Report of the Indian Hemp Drugs Commission, 1894-1895 - Volume IV
Year: 1894
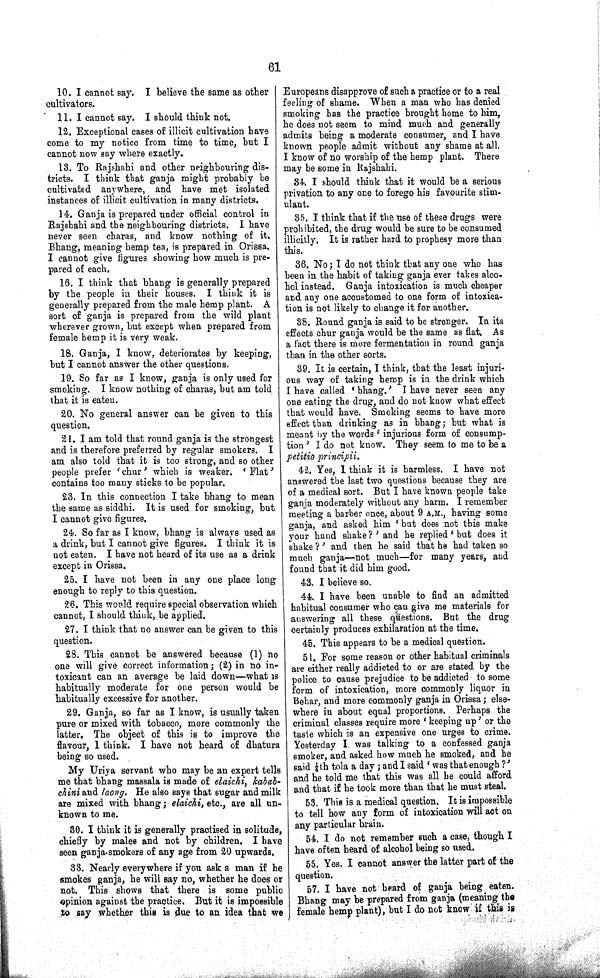
61
10. I cannot say. I believe the same as other
cultivators.
11. I cannot say. I should think not.
12. Exceptional cases of illicit cultivation have
come to my notice from time to time, but I
cannot now say where exactly.
13. To Rajshahi and other neighbouring dis-
tricts. I think that ganja might probably be
cultivated anywhere, and have met isolated
instances of illicit cultivation in many districts.
14. Ganja is prepared under official control in
Rajshahi and the neighbouring districts. I have
never seen charas, and know nothing of it.
Bhang, meaning hemp tea, is prepared in Orissa.
I cannot give figures showing how much is pre-
pared of each.
16. I think that bhang is generally prepared
by the people in their houses. I think it is
generally prepared from the male hemp plant. A
sort of ganja is prepared from the wild plant
wherever grown, but except when prepared from
female hemp it is very weak.
18. Ganja, I know, deteriorates by keeping,
but I cannot answer the other questions.
19. So far as I know, ganja is only used for
smoking. I know nothing of charas, but am told
that it is eaten.
20. No general answer can be given to this
question.
21. I am told that round ganja is the strongest
and is therefore preferred by regular smokers. I
am also told that it is too strong, and so other
people prefer 'chur' which is weaker. 'Flat'
contains too many sticks to be popular.
23. In this connection I take bhang to mean
the same as siddhi. It is used for smoking, but
I cannot give figures.
24. So far as I know, bhang is always used as
a drink, but I cannot give figures. I think it is
not eaten. I have not heard of its use as a drink
except in Orissa.
25. I have not been in any one place long
enough to reply to this question.
26. This would require special observation which
cannot, I should think, be applied.
27. I think that no answer can be given to this
question.
28. This cannot be answered because (1) no
one will give correct information; (2) in no in-
toxicant can an average be laid down—what is
habitually moderate for one person would be
habitually excessive for another.
29. Ganja, so far as I know, is usually taken
pure or mixed with tobacco, more commonly the
latter. The object of this is to improve the
flavour, I think. I have not heard of dhatura
being so used.
My Uriya servant who may be an expert tells
me that bhang massala is made of elaichi, kabab-
chini and laong. He also says that sugar and milk
are mixed with bhang; elaichi, etc., are all un-
known to me.
30. I think it is generally practised in solitude,
chiefly by males and not by children. I have
seen ganja-smokers of any age from 20 upwards.
33. Nearly everywhere if you ask a man if he
smokes ganja, he will say no, whether he does or
not. This shows that there is some public
opinion against the practice. But it is impossible
to say whether this is due to an idea that we
Europeans disapprove of such a practice or to a real
feeling of shame. When a man who has denied
smoking has the practice brought home to him,
he does not seem to mind much and generally
admits being a moderate consumer, and I have
known people admit without any shame at all.
I know of no worship of the hemp plant. There
may be some in Rajshahi.
34. I should think that it would be a serious
privation to any one to forego his favourite stim-
ulant.
35. I think that if the use of these drugs were
prohibited, the drug would be sure to be consumed
illicitly. It is rather hard to prophesy more than
this.
36. No; I do not think that any one who has
been in the habit of taking ganja ever takes alco-
hol instead. Ganja intoxication is much cheaper
and any one accustomed to one form of intoxica-
tion is not likely to change it for another.
38. Round ganja is said to be stronger. In its
effects chur ganja would be the same as flat. As
a fact there is more fermentation in round ganja
than in the other sorts.
39. It is certain, I think, that the least injuri-
ous way of taking hemp is in the drink which
I have called 'bhang.' I have never seen any
one eating the drug, and do not know what effect
that would have. Smoking seems to have more
effect than drinking as in bhang; but what is
meant by the words 'injurious form of consump-
tion' I do not know. They seem to me to be a
petitio principii.
42. Yes, I think it is harmless. I have not
answered the last two questions because they are
of a medical sort. But I have known people take
ganja moderately without any harm. I remember
meeting a barber once, about 9 A.M., having some
ganja, and asked him 'but does not this make
your hand shake?' and he replied 'but does it
shake?' and then he said that he had taken so
much ganja—not much—for many years, and
found that it did him good.
43. I believe so.
44. I have been unable to find an admitted
habitual consumer who can give me materials for
answering all these questions. But the drug
certainly produces exhilaration at the time.
45. This appears to be a medical question.
51. For some reason or other habitual criminals
are either really addicted to or are stated by the
police to cause prejudice to be addicted to some
form of intoxication, more commonly liquor in
Behar, and more commonly ganja in Orissa; else-
where in about equal proportions. Perhaps the
criminal classes require more 'keeping up' or the
taste which is an expensive one urges to crime.
Yesterday I. was talking to a confessed ganja
smoker, and asked how much he smoked, and he
said 1/4th tola a day; and I said 'was that enough?'
and he told me that this was all he could afford
and that if he took more than that he must steal.
53. This is a medical question. It is impossible
to tell how any form of intoxication will act on
any particular brain.
54. I do not remember such a case, though I
have often heard of alcohol being so used.
55. Yes. I cannot answer the latter part of the
question.
57. I have not heard of ganja being eaten.
Bhang may be prepared from ganja (meaning the
female hemp plant), but I do not know if this is